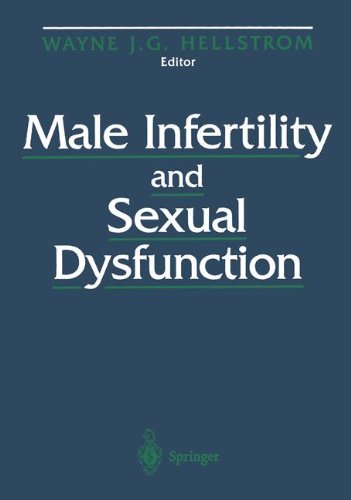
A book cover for Male Infertility and Sexual Dysfunction; Health, Fitness & Dieting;